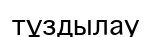
тұздылау